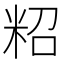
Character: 𥹙